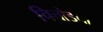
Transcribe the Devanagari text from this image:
चित्तोडचा